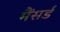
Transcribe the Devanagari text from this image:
मैंसर्ड